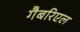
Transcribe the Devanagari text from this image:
गैबरिएल